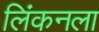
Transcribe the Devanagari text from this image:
लिंकनला